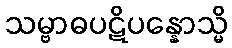
သမ္ဗာဓပဋိပန္နောသ္မိ